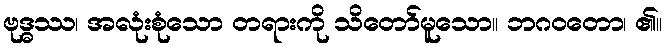
ဗုဒ္ဓဿ၊ အလုံးစုံသော တရားကို သိတော်မူသော။ ဘဂဝတော၊ ၏။